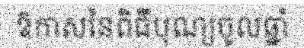
ឱកាសនៃពិធីបុណ្យចូលឆ្នាំ